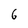
Character: 6